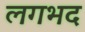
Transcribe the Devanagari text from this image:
लगभद